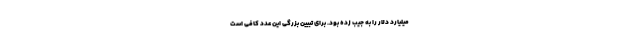
میلیارد دلار را به جیب زده بود. برای تبیین بزرگی این عدد کافی است